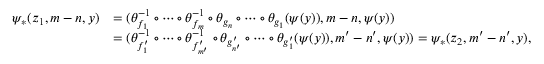
\begin{array} { r l } { \psi _ { * } ( z _ { 1 } , m - n , y ) } & { = ( \theta _ { f _ { 1 } } ^ { - 1 } \circ \cdots \circ \theta _ { f _ { m } } ^ { - 1 } \circ \theta _ { g _ { n } } \circ \cdots \circ \theta _ { g _ { 1 } } ( \psi ( y ) ) , m - n , \psi ( y ) ) } \\ & { = ( \theta _ { f _ { 1 } ^ { \prime } } ^ { - 1 } \circ \cdots \circ \theta _ { f _ { m ^ { \prime } } ^ { \prime } } ^ { - 1 } \circ \theta _ { g _ { n ^ { \prime } } ^ { \prime } } \circ \cdots \circ \theta _ { g _ { 1 } ^ { \prime } } ( \psi ( y ) ) , m ^ { \prime } - n ^ { \prime } , \psi ( y ) ) = \psi _ { * } ( z _ { 2 } , m ^ { \prime } - n ^ { \prime } , y ) , } \end{array}